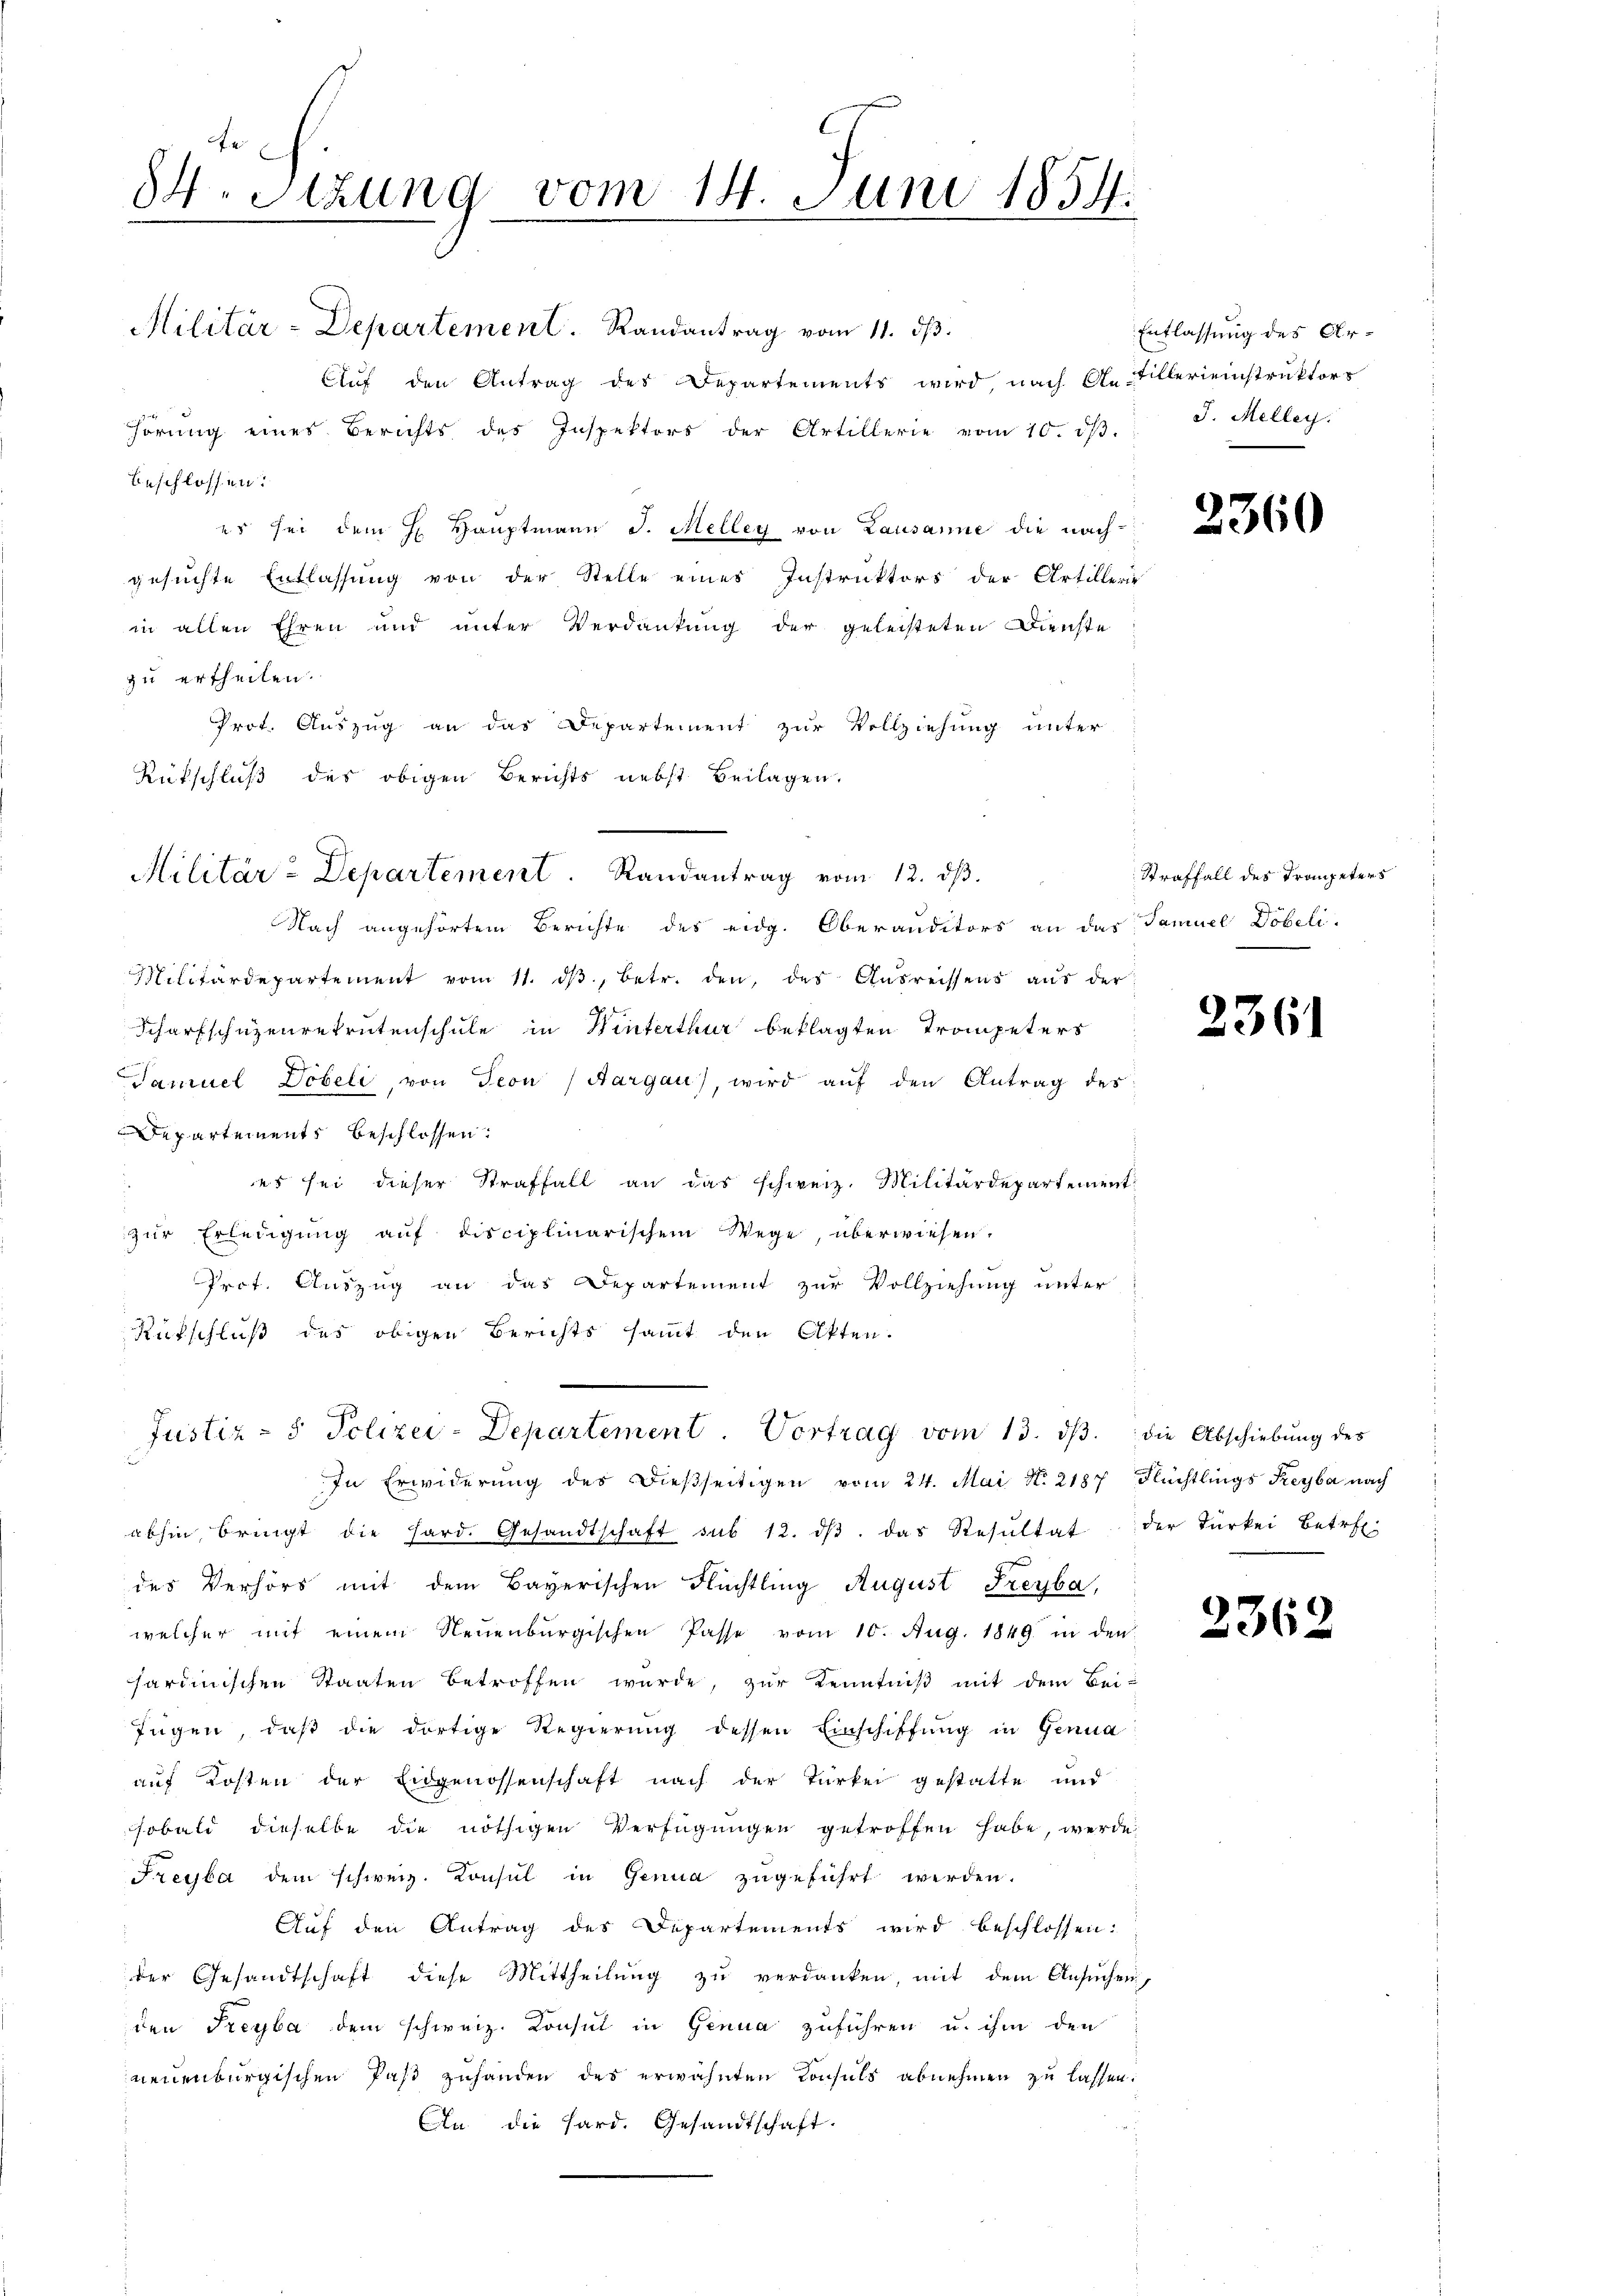
84. Stzung vom 14. Juni 1854.

Militär-Departement. Randantrag vom 11. dβ.
Auf den Antrag des Departements wird, nach Antillereinstruktors
hörung eines Berichts des Inspektors der Artillerie vom 10. dβ.
beschlossen:
es sei dem H. Hauptmann J. Meller von Lausanne die nach
gesuchte Entlassung von der Stelle eines Instruktors der Artillerie
in allen Ehren und unter Verdankung der geleisteten Dienste
zu ertheilen.
Prot. Auszug an das Departement zur Vollziehung unter
Rütschluß des obigen Berichts nebst Beilagen.
Nach angehörtem Berichte des eidg. Oberanditors an das Samuel Döbeli
Militärdepartement vom 11. dβ, betr. den, des Ausreissens aus der
Scharfschüzenrekrutenschule in Winterthur beklagten Trompeters
Samuel Döbeli, von Seon, Aargau, wird auf den Antrag des
Departements beschlossen:
es sei dieser Straffall an das schweiz. Militärdepartement
zur Erledigung auf disciplinarischem Wege, überwiesen.
Irot. Auszug an das Departement zur Vollziehung unter
Rütschluß des obigen Berichts sammt den Akten.
Justiz- & Polizei-Departement. Vortrag vom 13. dβ. die Abschiebung des
In Erwiderung des dießseitigen vom 24. Mai N. 2187 Flüchtlings Reyba nach
abhin bringt die Hard. Gesandtschaft sub 12. dβ das Resŭltat der Türkei betr.
des Verhörs mit dem Bayerischen Flüchtling August Freyba,
welcher mit einem Neuenburgischen Pässe vom 10. Aug. 1849 in den
sardinischen Staaten betroffen wurde, zur Kenntniß mit dem Bei-
fügen, daß die dortige Regierung dessen Einschiffung in Genua
auf Kosten der Eidgenossenschaft nach der Türkei gestatte und
sobald dieselbe die nöthigen Verfügungen getroffen habe, werde
Freyba dem schweiz. Konsul in Genua zugeführt werden.
Auf den Antrag des Departements wird beschlossen:
der Gesandtschaft diese Mittheilung zu verdanken, mit dem Ansuchen,
den Freyba dem schweiz. Konsul in Genua zuführen u. ihm den
neuenburgischen Paß zuhanden des erwähnten Konsuls abnehmen zu lassen:
An die Hard. Gesandtschaft.

Militär-Departement. Randantrag vom 12. dβ.

Entlassung des Ar¬
J. Melley.

2360

Straffall des Trompeters

2361

2362